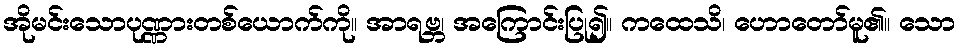
အိုမင်းသောပုဏ္ဏားတစ်ယောက်ကို။ အာရဗ္ဘ၊ အကြောင်းပြု၍။ ကထေသိ၊ ဟောတော်မူ၏။ သော